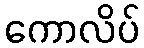
ကောလိပ်